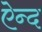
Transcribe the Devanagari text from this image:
ऐन्द